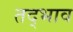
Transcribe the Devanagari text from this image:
तद्भाव